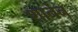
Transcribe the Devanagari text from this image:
शानेन